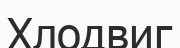
Хлодвиг